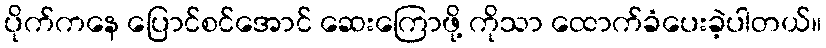
ပိုက်ကနေ ပြောင်စင်အောင် ဆေးကြောဖို့ ကိုသာ ထောက်ခံပေးခဲ့ပါတယ်။